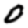
Digit: 0